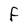
Character: F